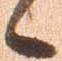
候